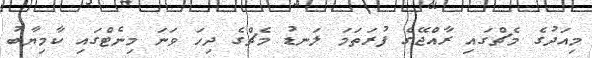
މިއަދުގެ މެޗްގައި ރާއްޖޭގެ ފުރަތަމަ ލަނޑު މެޗްގެ ދިހަ ވަނަ މިނެޓްގައި ކާމިޔާބު